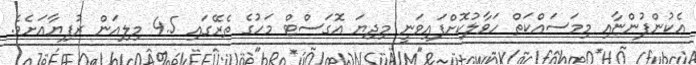
އެކުންފުންޏާއި މިމަސައްކަތް ހަވާލުކޮށްފައިވަނީ މިދިޔަ އޮގަސްޓް މަހުގެ ތެރޭގައި 4.5 މިލިއަން ރުފިޔާއަށެވެ.